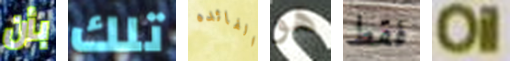
بأن تلك الفائده هو فقط Oil